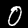
Digit: 0